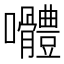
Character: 𭍑